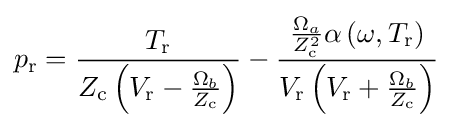
p_{\text{r}}={\frac {T_{\text{r}}}{Z_{\text{c}}\left(V_{\text{r}}-{\frac {\Omega _{b}}{Z_{\text{c}}}}\right)}}-{\frac {{\frac {\Omega _{a}}{Z_{\text{c}}^{2}}}\alpha \left(\omega ,T_{\text{r}}\right)}{V_{\text{r}}\left(V_{\text{r}}+{\frac {\Omega _{b}}{Z_{\text{c}}}}\right)}}